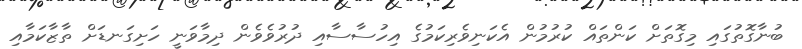
ބުނާގޮތުގައި މިގޮތަށް ކަންތައް ކުރުމުން އެކަނިވެރިކަމުގެ އިހުސާސާއި ދުރުވެވެން ދިމާވަނީ ހަށިގަނޑަށް ތާޒާކަމާއި